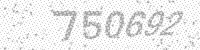
Solution: 750692